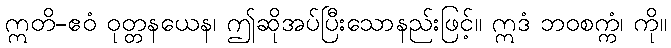
ဣတိ-ဧဝံ ဝုတ္တနယေန၊ ဤဆိုအပ်ပြီးသောနည်းဖြင့်။ ဣဒံ ဘဝစက္ကံ၊ ကို။